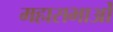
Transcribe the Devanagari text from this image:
महासभाओं